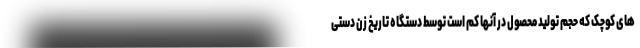
های کوچک که حجم تولید محصول در آنها کم است توسط دستگاه تاریخ زن دستی